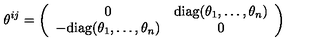
\theta ^ { i j } = \left( \begin{array} { c c } { 0 } & { \mathrm { d i a g } ( \theta _ { 1 } , \dots , \theta _ { n } ) } \\ { - \mathrm { d i a g } ( \theta _ { 1 } , \dots , \theta _ { n } ) } & { 0 } \\ \end{array} \right)